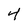
Character: 4